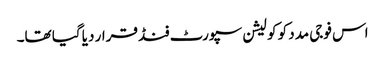
اس فوجی مدد کو کولیشن سپورٹ فنڈ قرار دیا گیا تھا۔